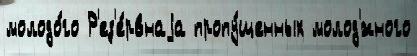
молодо́го Р'ез'е́рвнаjа пропу́щенных молод'́жного